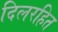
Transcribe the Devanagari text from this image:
दिलरहित